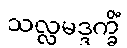
သလ္လမဒ္ဒက္ခိံ